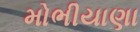
મોભીયાણા